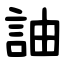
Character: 䛆